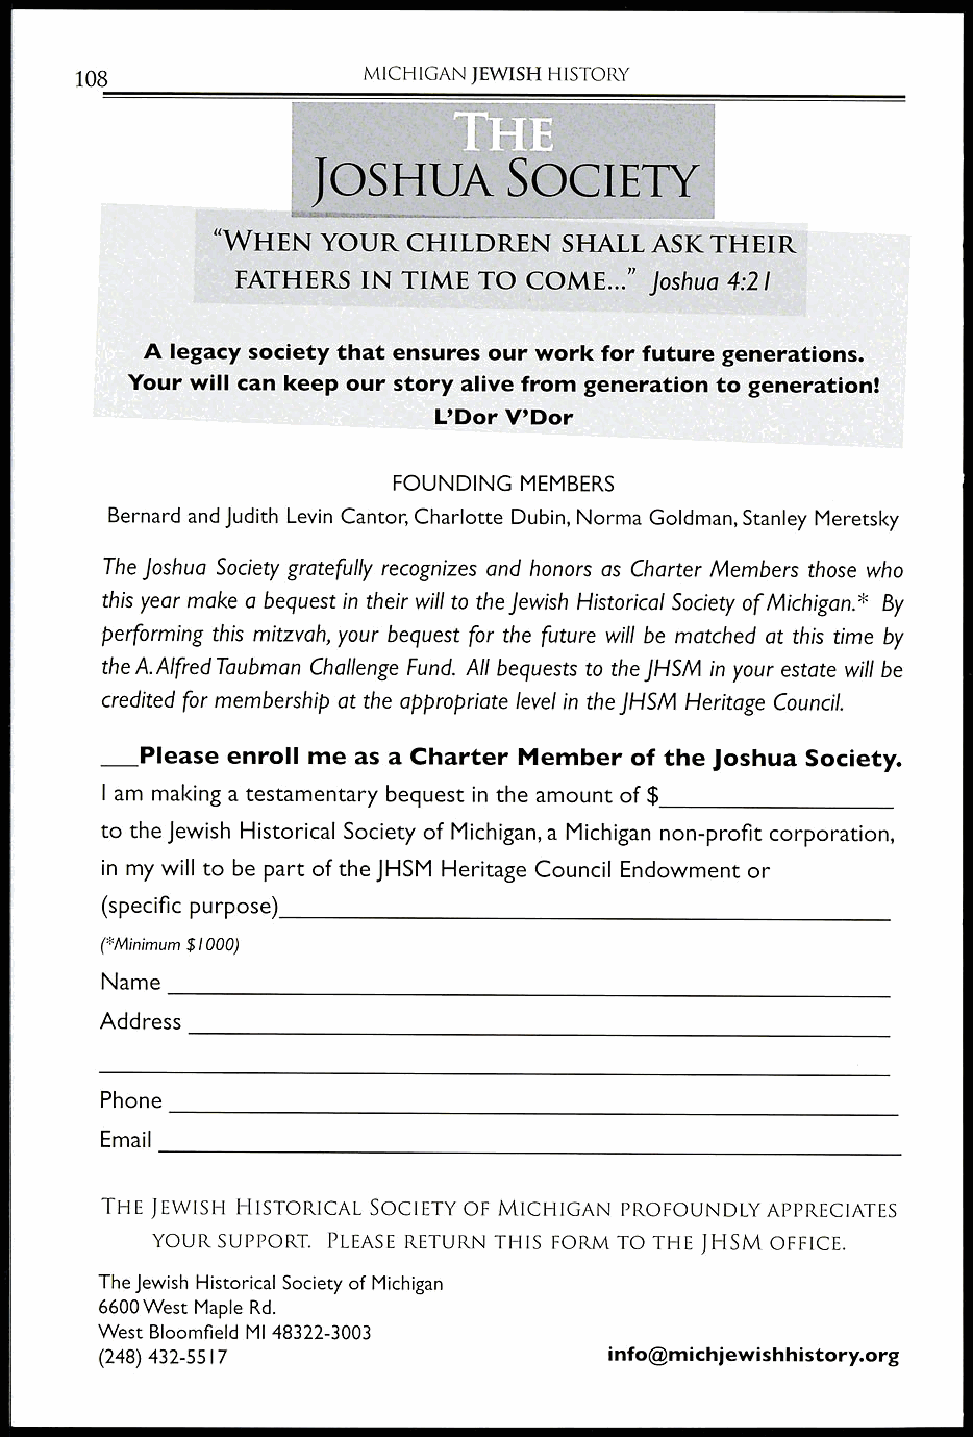
108                MICHIGAN JEWISH HISTORY
 JOSHUA       SOC
 "WHEN  YOUR  CHILDREN  SHALL ASK THEIR
 FATHERS IN TIME TO COME..." Joshua 4:2I
 A legacy society that ensures our work for future generations.
 Your will can keep our story alive from generation to generation!
 L'Dor V'Dor
 FOUNDING MEMBERS
 Bernard and Judith Levin Cantor, Charlotte Dubin, Norma Goldman, Stanley Meretsky
 The Joshua Society gratefully recognizes and honors as Charter Members those who
 this year make a bequest in their will to the Jewish Historical Society of Michigan.* By
 performing this mitzvah, your bequest for the future will be matched at this time by
 the A.Alfred Taubman Challenge Fund. All bequests to the JHSM in your estate will be
 credited for membership at the appropriate level in the JHSM Heritage Council.
 Please enroll me as a Charter Member of the Joshua Society.
 I am making a testamentary bequest in the amount of $
 to the Jewish Historical Society of Michigan, a Michigan non-profit corporation,
 in my will to be part of the JHSM Heritage Council Endowment or
 (specific purpose)
 (*Minimum $1000)
 Name
 Address
 Phone
 Email
 THE JEWISH HISTORICAL SOCIETY OF MICHIGAN PROFOUNDLY APPRECIATES
 YOUR SUPPORT. PLEASE RETURN THIS FORM TO THE JHSM OFFICE.
 The Jewish Historical Society of Michigan
 6600 West Maple Rd.
 West Bloomfield MI 48322-3003
 (248) 432-55 I 7                 info@michjewishhistory.org